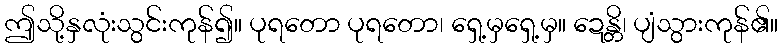
ဤသို့နှလုံးသွင်းကုန်၍။ ပုရတော ပုရတော၊ ရှေ့မှရှေ့မှ။ ဍေန္တိ၊ ပျံသွားကုန်၏။